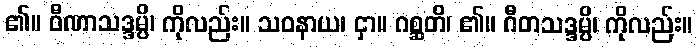
၏။ ဝီဏာသဒ္ဒမ္ပိ၊ ကိုလည်း။ သဝနာယ၊ ငှာ။ ဂစ္ဆတိ၊ ၏။ ဂီတသဒ္ဒမ္ပိ၊ ကိုလည်း။